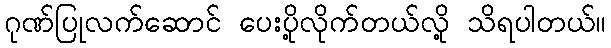
ဂုဏ်ပြုလက်ဆောင် ပေးပို့လိုက်တယ်လို့ သိရပါတယ်။